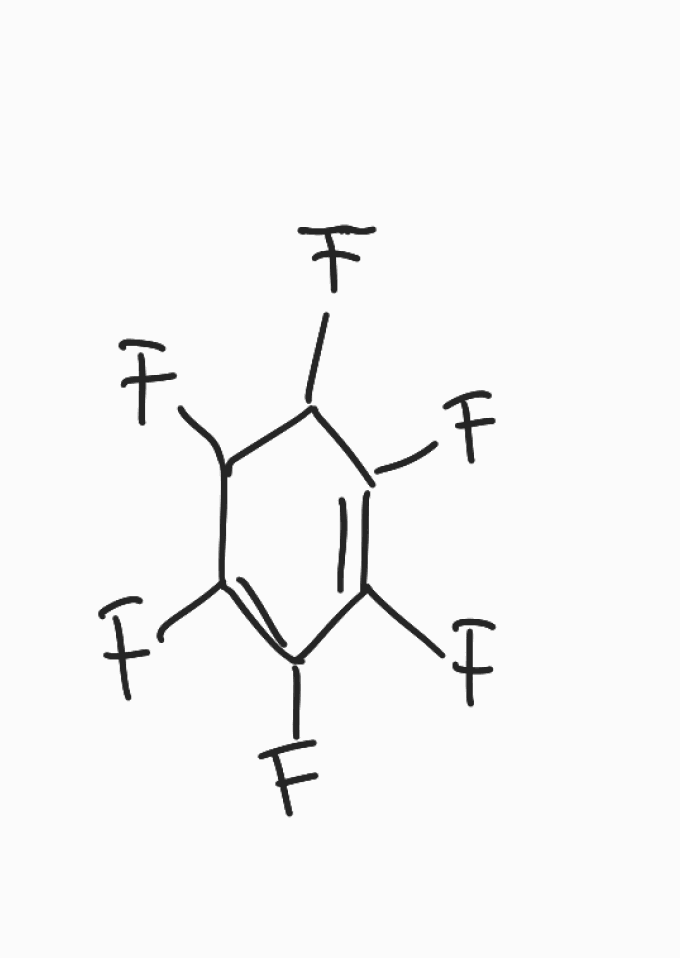
Simplified molecular-input line-entry system (SMILES) notation of the given molecule:
C1(C(C(=C(C(=C1F)F)F)F)F)F